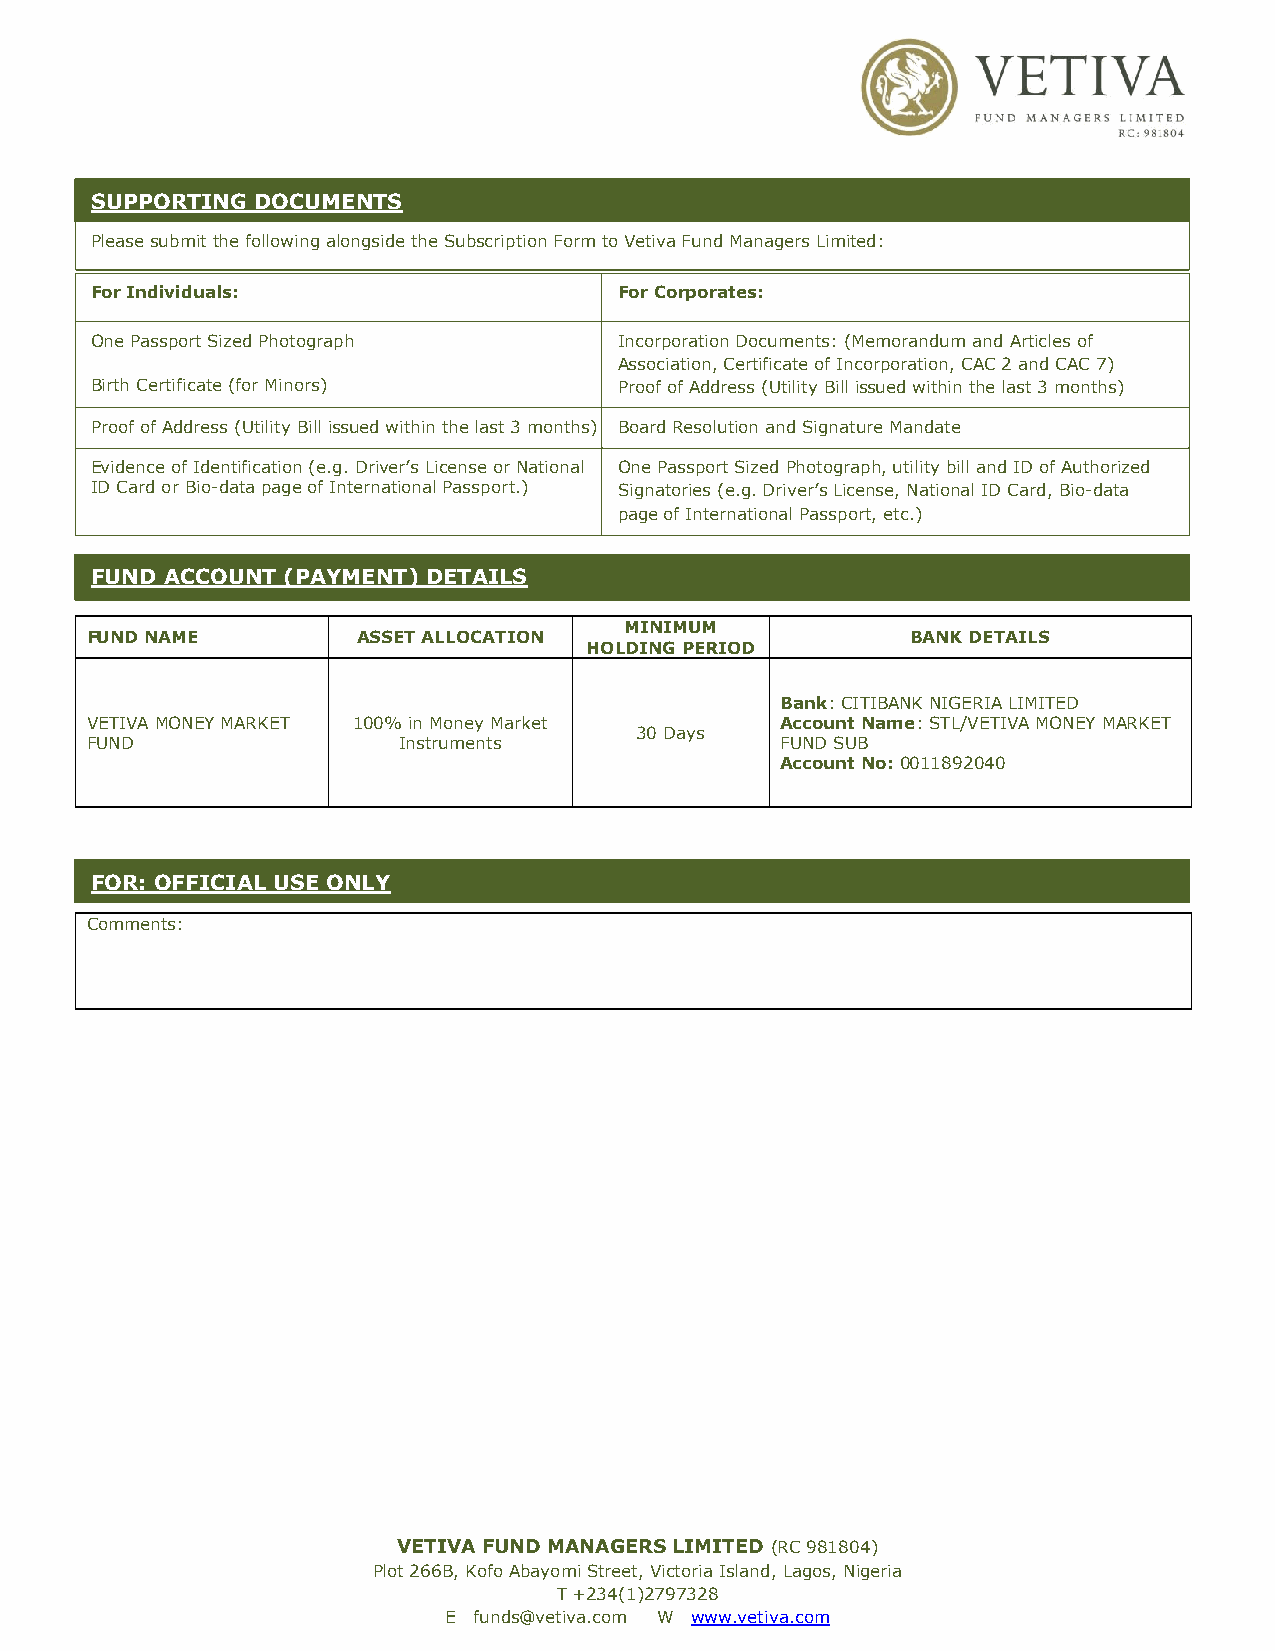
S UPPORTING DOCUMENTS
 Please submit the following alongside the Subscription Form to Vetiva Fund Managers Limited:
 For Individuals:                   For Corporates:
 One Passport Sized Photograph      Incorporation Documents: (Memorandum and Articles of
 Association, Certificate of Incorporation, CAC 2 and CAC 7)
 Birth Certificate (for Minors)     Proof of Address (Utility Bill issued within the last 3 months)
 Proof of Address (Utility Bill issued within the last 3 months) Board Resolution and Signature Mandate
 Ev idence of Identification (e.g. Driver’s License or National One Passport Sized Photograph, utility bill and ID of Authorized
 ID Card or Bio-data page of International Passport.) S ig natories (e.g. Driver’s License, National ID Card, Bio-data
 page of International Passport, etc.)
 F UND ACCOUNT (PAYMENT) DETAILS
 MINIMUM
 FUND NAME         ASSET ALLOCATION                    BANK DETAILS
 HOLDING PERIOD
 Bank: CITIBANK NIGERIA LIMITED
 VETIVA MONEY MARKET 100% in Money Market      Account Name: STL/VETIVA MONEY MARKET
 30 Days
 FUND                Instruments               FUND SUB
 Account No: 0011892040
 FOR: OFFICIAL USE ONLY
 Comments:
 VETIVA FUND MANAGERS LIMITED (RC 981804)
 Plot 266B, Kofo Abayomi Street, Victoria Island, Lagos, Nigeria
 T +234(1)2797328
 E funds@vetiva.com W www.vetiva.com